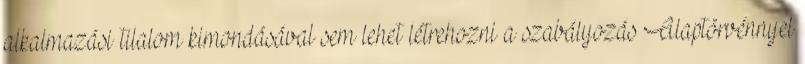
alkalmazási tilalom kimondásával sem lehet létrehozni a szabályozás Alaptörvénnyel